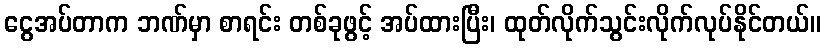
ငွေအပ်တာက ဘဏ်မှာ စာရင်း တစ်ခုဖွင့် အပ်ထားပြီး၊ ထုတ်လိုက်သွင်းလိုက်လုပ်နိုင်တယ်။